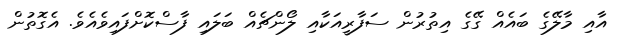
އާއި މާލޭގެ ބައެއް ގޭގެ އިތުރުން ސަފާރީއަކާއި ލޯންޗެއް ބަލައި ފާސްކޮށްފައިވެއެވެ. އެގޮތުން